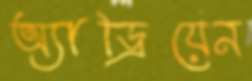
অ্যাড্রিয়েন